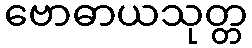
ဗောဓာယသုတ္တ